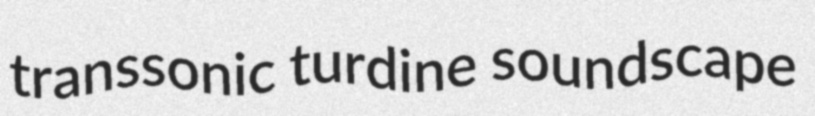
transsonic turdine soundscape